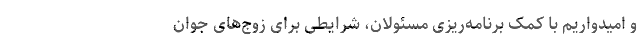
و امیدواریم با کمک برنامه‌‌ریزی مسئولان، شرایطی برای زوج‌‌های جوان